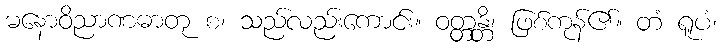
မနောဝိညာဏဓာတု စ၊ သည်လည်းကောင်း။ ဝတ္တန္တိ၊ ဖြစ်ကုန်၏။ တံ ရူပံ၊